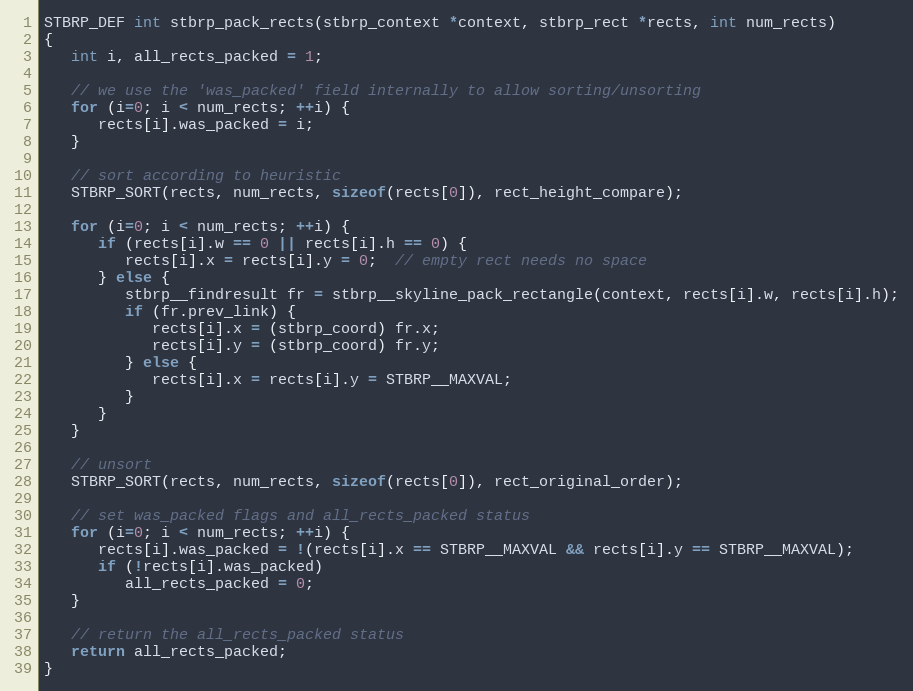
Language: C
STBRP_DEF int stbrp_pack_rects(stbrp_context *context, stbrp_rect *rects, int num_rects)
{
   int i, all_rects_packed = 1;

   // we use the 'was_packed' field internally to allow sorting/unsorting
   for (i=0; i < num_rects; ++i) {
      rects[i].was_packed = i;
   }

   // sort according to heuristic
   STBRP_SORT(rects, num_rects, sizeof(rects[0]), rect_height_compare);

   for (i=0; i < num_rects; ++i) {
      if (rects[i].w == 0 || rects[i].h == 0) {
         rects[i].x = rects[i].y = 0;  // empty rect needs no space
      } else {
         stbrp__findresult fr = stbrp__skyline_pack_rectangle(context, rects[i].w, rects[i].h);
         if (fr.prev_link) {
            rects[i].x = (stbrp_coord) fr.x;
            rects[i].y = (stbrp_coord) fr.y;
         } else {
            rects[i].x = rects[i].y = STBRP__MAXVAL;
         }
      }
   }

   // unsort
   STBRP_SORT(rects, num_rects, sizeof(rects[0]), rect_original_order);

   // set was_packed flags and all_rects_packed status
   for (i=0; i < num_rects; ++i) {
      rects[i].was_packed = !(rects[i].x == STBRP__MAXVAL && rects[i].y == STBRP__MAXVAL);
      if (!rects[i].was_packed)
         all_rects_packed = 0;
   }

   // return the all_rects_packed status
   return all_rects_packed;
}